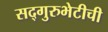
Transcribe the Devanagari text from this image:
सद्गुरुभेटीची